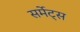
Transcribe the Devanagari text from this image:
सर्मेट्स